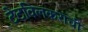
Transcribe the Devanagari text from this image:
टेटविलकरांची